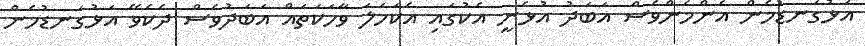
އަޅުގަނޑުމެން އެންމެންވެސް އަބަދު އުޅެނީ އެކުގައި އެކަހަލަ ވާހަކަތައް އަބަދުވެސް ދެކެވޭ އަޅުގަނޑުމެން